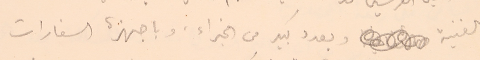
الفنية وبعدد كبيد من الخبراء وباجهزة السفارات